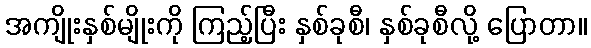
အကျိုးနှစ်မျိုးကို ကြည့်ပြီး နှစ်ခုစီ၊ နှစ်ခုစီလို့ ပြောတာ။